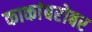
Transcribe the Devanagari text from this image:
काकांबरोबर